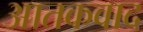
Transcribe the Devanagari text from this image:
आतकवाद